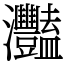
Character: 灩